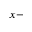
x -